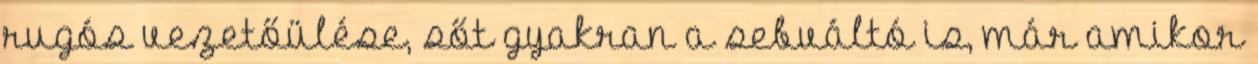
rugós vezetőülése, sőt gyakran a sebváltó is, már amikor